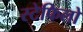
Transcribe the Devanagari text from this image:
स्टेफिलो